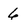
Character: 6